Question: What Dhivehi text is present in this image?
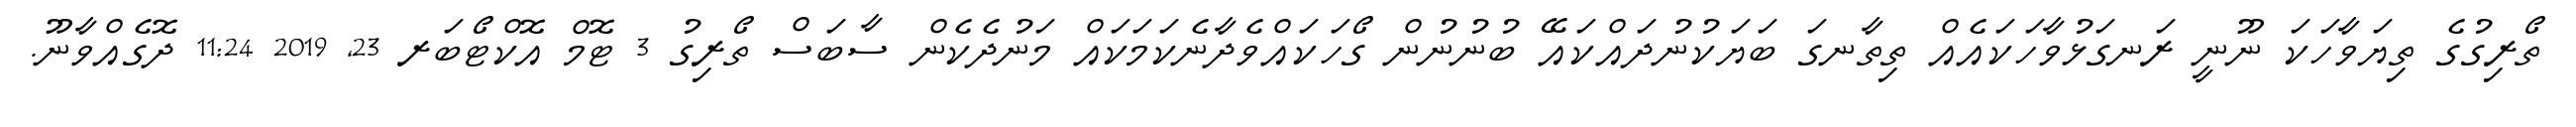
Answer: ތޯރިގުގެ ތިޔަވާހަކަ ނޫނީ ރަނގަޅުވާހަކައެއް ތިތާނގަ ބަޔަކުނުދައްކައޭ ބުނުނުން ގޯހަކައްވެދާނެކަމަކައް މަނުދެކެން ސާބަސް ތޯރިގު 3 ޓޮމް އޮކްޓޯބަރ 23, 2019 11:24 ދޮގެއްވާނޫ.